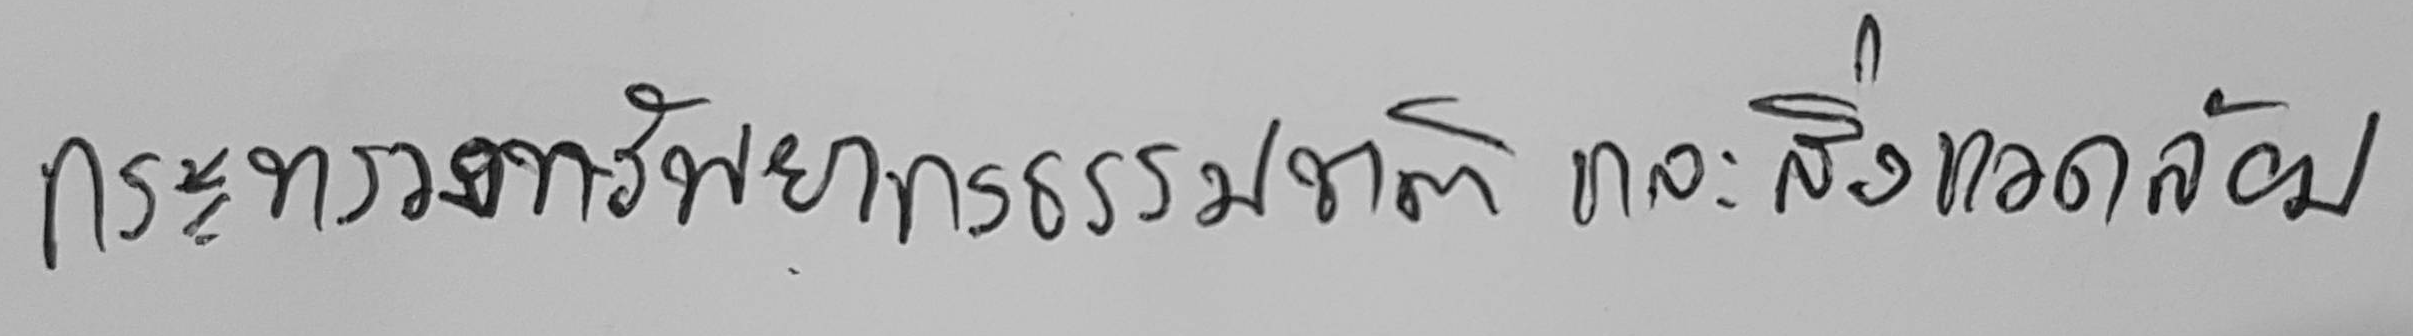
กระทรวงทรัพยากรธรรมชาติ และสิ่งแวดล้อม